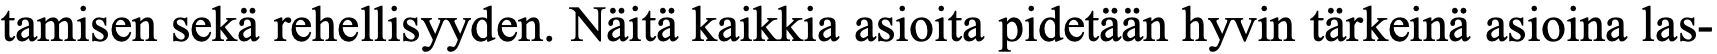
tamisen sekä rehellisyyden. Näitä kaikkia asioita pidetään hyvin tärkeinä asioina las-